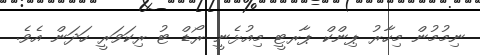
ނިމުމުން މިހާރު ޕިންކް ޕާރޓީ މިއުޅެނީ ރޯޑް ޓު ރިކަވަރީ ހަދަން އެވެ.